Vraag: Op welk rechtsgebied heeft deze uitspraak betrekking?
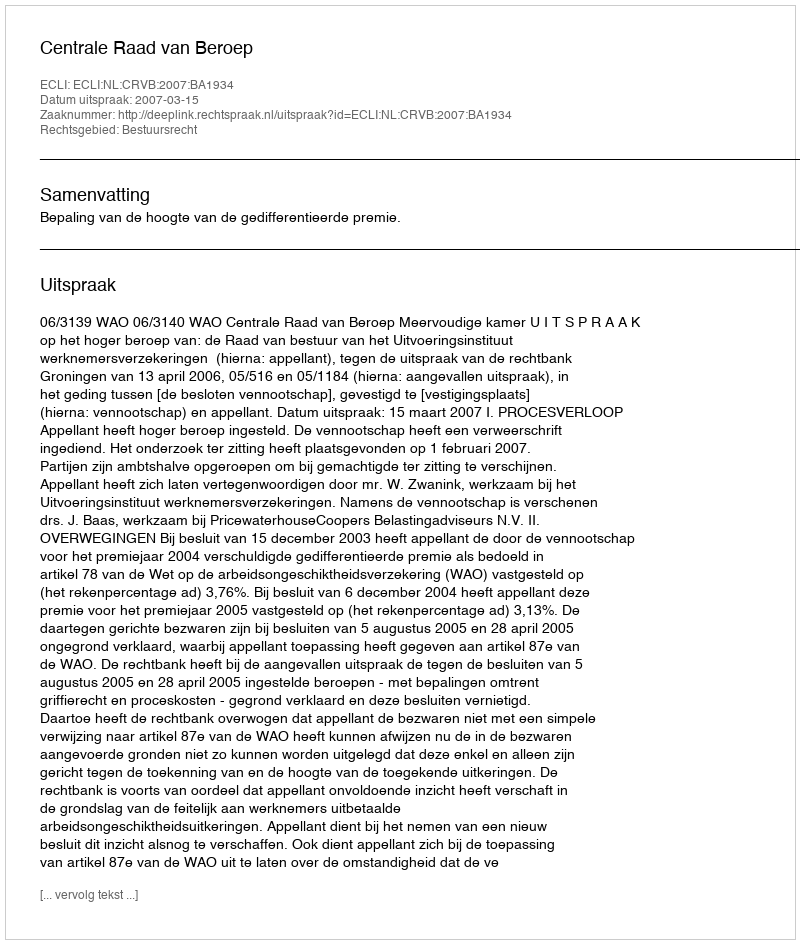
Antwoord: Bestuursrecht